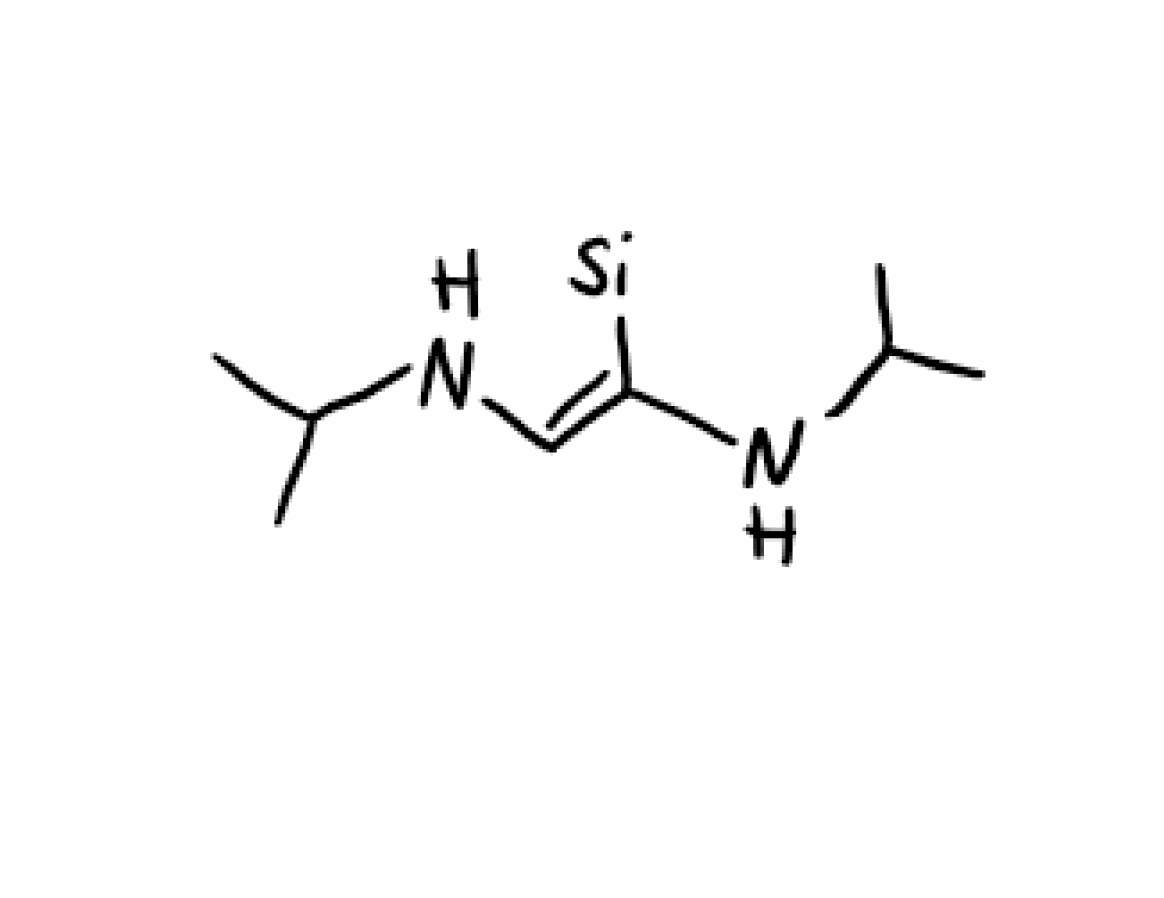
Simplified molecular-input line-entry system (SMILES) notation of the given molecule:
CC(C)N/C=C(/NC(C)C)\[Si]